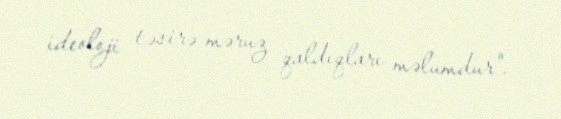
ideoloji təsirə məruz qaldıqları məlumdur".